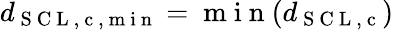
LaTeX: d_{\mathrm{~S~C~L~,~c~,~m~i~n~}}=\mathrm{~m~i~n~}(d_{\mathrm{~S~C~L~,~c~}})